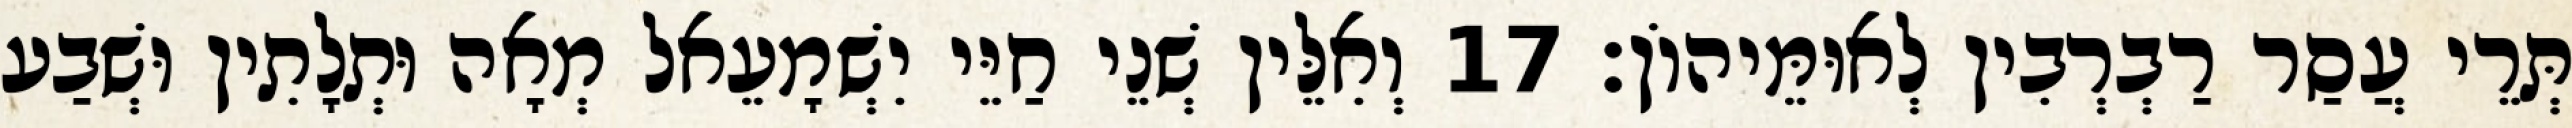
תְּרֵי עֲסַר רַבְרְבִין לְאוּמֵּיהוֹן׃ 17 וְאִלֵּין שְׁנֵי חַיֵּי יִשְׁמָעֵאל מְאָה וּתְלָתִין וּשְׁבַע